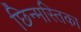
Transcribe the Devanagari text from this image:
छिन्मस्तिका